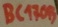
Text: BC176B